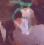
ব্য